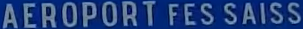
AEROPORT FES SAISS